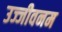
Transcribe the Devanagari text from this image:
उज्जीवनम